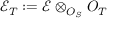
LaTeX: { \mathcal { E } } _ { T } : = { \mathcal { E } } \otimes _ { O _ { S } } O _ { T }